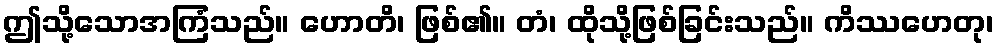
ဤသို့သောအကြံသည်။ ဟောတိ၊ ဖြစ်၏။ တံ၊ ထိုသို့ဖြစ်ခြင်းသည်။ ကိဿဟေတု၊